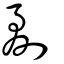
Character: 劀